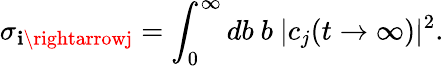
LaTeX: \sigma_{\mathbf{i}\rightarrowj}=\int_{0}^{\infty}db\ b\ |c_{j}(t\rightarrow\infty)|^{2}.